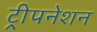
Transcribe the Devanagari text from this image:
ट्रीपनेशन